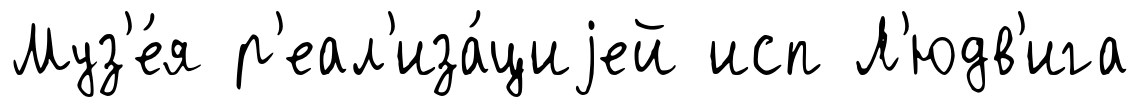
Муз'е́я р'еал'иза́циjей исп Л'юдв'ига